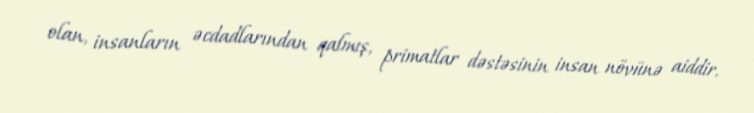
olan, insanların əcdadlarından qalmış, primatlar dəstəsinin insan növünə aiddir.